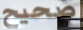
صحيح